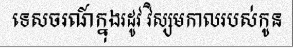
ទេសចរណ៍ក្នុងរដូវ វិស្សមកាលរបស់កូន